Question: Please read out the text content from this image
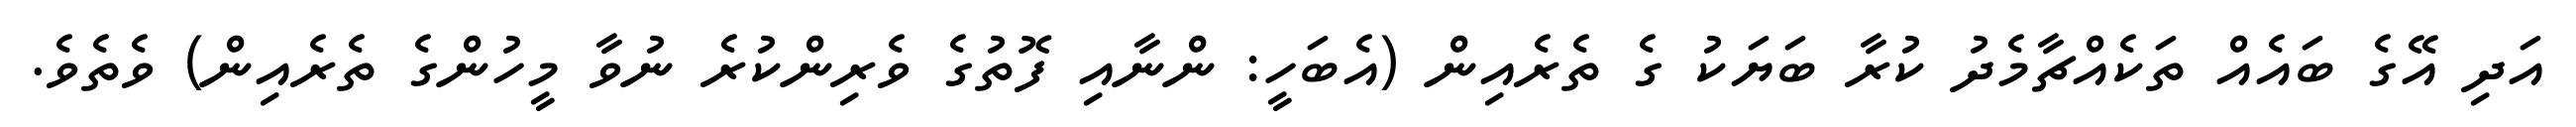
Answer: އަދި އޭގެ ބައެއް ތަކެއްޗާމެދު ކުރާ ބަޔަކު ގެ ތެރެއިން (އެބަހީ: ންނާއި ފޮތުގެ ވެރިންކުރެ ނުވާ މީހުންގެ ތެރެއިން) ވެތެވެ.